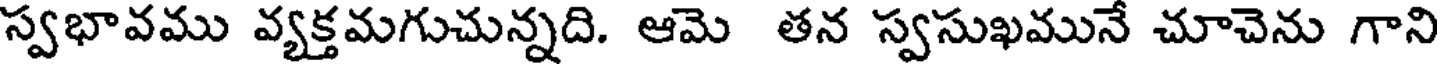
స్వభావము వ్యక్తమగుచున్నది. ఆమె తన స్వసుఖమునే చూచెను గాని